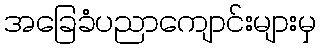
အခြေခံပညာကျောင်းများမှ